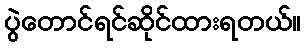
ပွဲတောင်ရင်ဆိုင်ထားရတယ်။